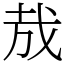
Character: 㦲